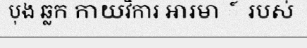
បុង ឆ្លក កាយវិការ អារមា ៍ របស់